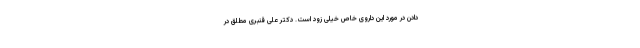
دادن در مورد این داروی خاص خیلی زود است. دکتر علی قنبری مطلق در ‌